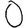
Digit: 0